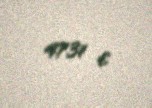
4731 €